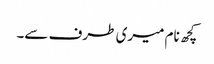
کچھ نام میری طرف سے۔